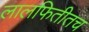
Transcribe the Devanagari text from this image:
लालफितीतच